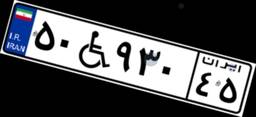
۸۱W۴۴۳۳۶